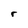
Character: r